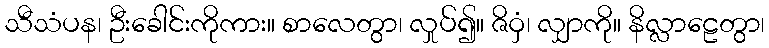
သီသံပန၊ ဦးခေါင်းကိုကား။ စာလေတွာ၊ လှုပ်၍။ ဇိဝှံ၊ လျှာကို။ နိလ္လာဠေတွာ၊